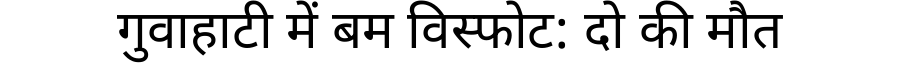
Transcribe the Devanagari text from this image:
गुवाहाटी में बम विस्फोट: दो की मौत